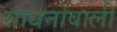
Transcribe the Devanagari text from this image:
साधनोंवाली